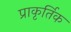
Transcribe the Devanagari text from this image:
प्राकृर्तिक